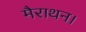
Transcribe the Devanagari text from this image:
मैराथन।